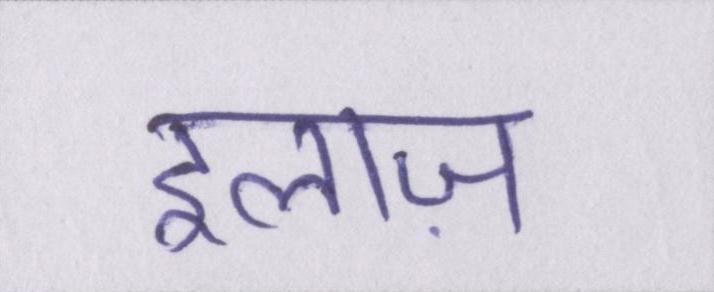
इलाज़